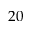
2 0